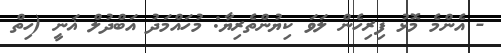
- އެންމެ މޮޅު ފިރިހެން ލަވަ ކިޔުންތެރިޔާ: މުހައްމަދު އަބްދުލް ޣަނީ (ހިތް